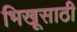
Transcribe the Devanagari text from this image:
भिखूसाठी